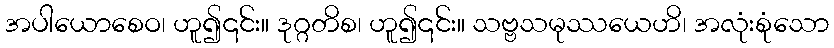
အပါယောစေဝ၊ ဟူ၍၎င်း။ ဒုဂ္ဂတိစ၊ ဟူ၍၎င်း။ သဗ္ဗသမုဿယေဟိ၊ အလုံးစုံသော